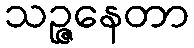
သဉ္ဇနေတာ